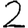
Digit: 2